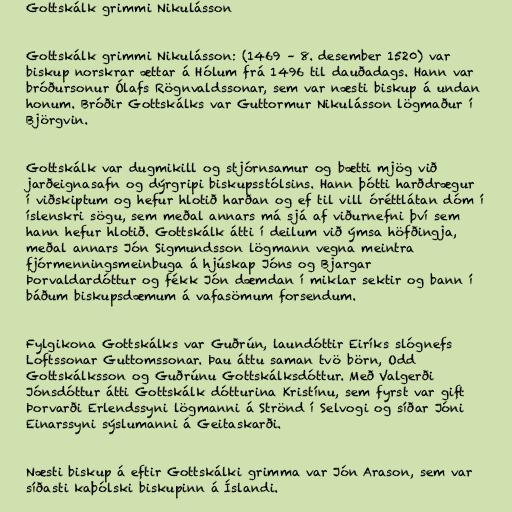
Gottskálk grimmi Nikulásson

Gottskálk grimmi Nikulásson: (1469 – 8. desember 1520) var
biskup norskrar ættar á Hólum frá 1496 til dauðadags. Hann var
bróðursonur Ólafs Rögnvaldssonar, sem var næsti biskup á undan
honum. Bróðir Gottskálks var Guttormur Nikulásson lögmaður í
Björgvin.

Gottskálk var dugmikill og stjórnsamur og bætti mjög við
jarðeignasafn og dýrgripi biskupsstólsins. Hann þótti harðdrægur
í viðskiptum og hefur hlotið harðan og ef til vill óréttlátan dóm í
íslenskri sögu, sem meðal annars má sjá af viðurnefni því sem
hann hefur hlotið. Gottskálk átti í deilum við ýmsa höfðingja,
meðal annars Jón Sigmundsson lögmann vegna meintra
fjórmenningsmeinbuga á hjúskap Jóns og Bjargar
Þorvaldardóttur og fékk Jón dæmdan í miklar sektir og bann í
báðum biskupsdæmum á vafasömum forsendum.

Fylgikona Gottskálks var Guðrún, laundóttir Eiríks slógnefs
Loftssonar Guttomssonar. Þau áttu saman tvö börn, Odd
Gottskálksson og Guðrúnu Gottskálksdóttur. Með Valgerði
Jónsdóttur átti Gottskálk dótturina Kristínu, sem fyrst var gift
Þorvarði Erlendssyni lögmanni á Strönd í Selvogi og síðar Jóni
Einarssyni sýslumanni á Geitaskarði.

Næsti biskup á eftir Gottskálki grimma var Jón Arason, sem var
síðasti kaþólski biskupinn á Íslandi.